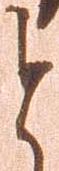
と